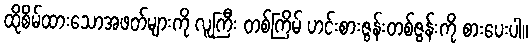
ထိုစိမ်ထားသောအဖတ်များကို လူကြီး တစ်ကြိမ် ဟင်းစားဇွန်းတစ်ဇွန်းကို စားပေးပါ။